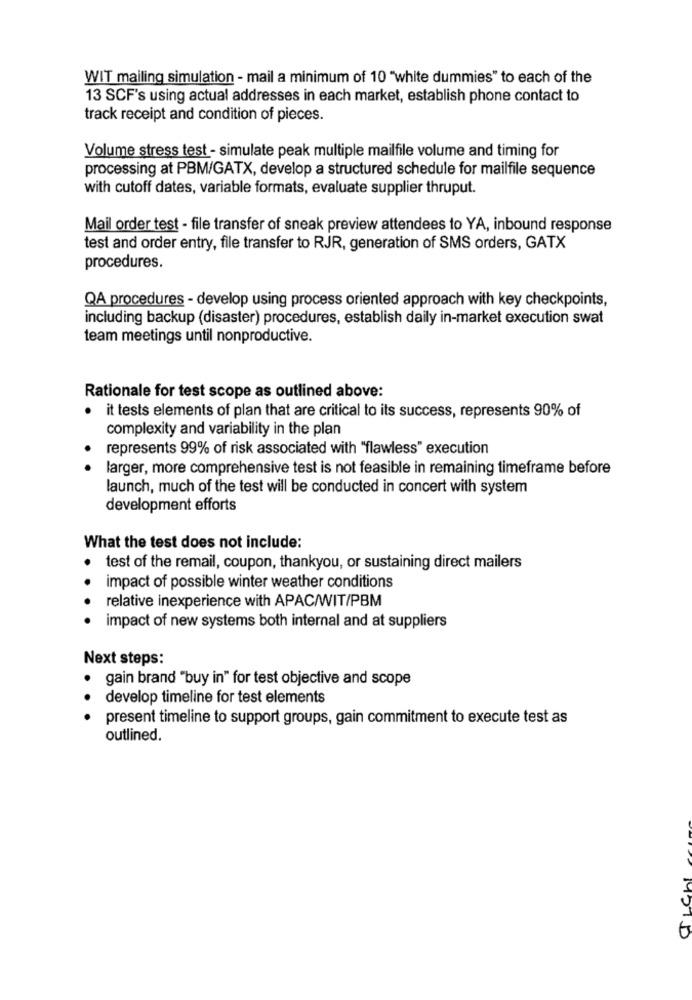
WIT mailing simulation - mail a minimum of 10 "white dummies" to each of the
13 SCF's using actual addresses in each market, establish phone contact to
track receipt and condition of pieces.
Volume stress test - simulate peak multiple mailfile volume and timing for
processing at PBM/GATX, develop a structured schedule for mailfile sequence
with cutoff dates, variable formats, evaluate supplier thruput.
Mail order test - file transfer of sneak preview attendees to YA, inbound response
test and order entry, file transfer to RJR, generation of SMS orders, GATX
procedures.
QA procedures - develop using process oriented approach with key checkpoints,
including backup (disaster) procedures, establish daily in-market execution swat
team meetings until nonproductive.
Rationale for test scope as outlined above:
it tests elements of plan that are critical to its success, represents 90% of
.
complexity and variability in the plan
represents 99% of risk associated with "flawless" execution
larger, more comprehensive test is not feasible in remaining timeframe before
launch, much of the test will be conducted in concert with system
development efforts
What the test does not include:
test of the remail, coupon, thankyou, or sustaining direct mailers
impact of possible winter weather conditions
relative inexperience with APAC/WIT/PBM
impact of new systems both internal and at suppliers
Next steps:
gain brand "buy in" for test objective and scope
develop timeline for test elements
present timeline to support groups, gain commitment to execute test as
outlined.
MOTD